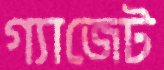
গ্যাজেট